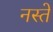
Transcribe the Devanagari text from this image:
नस्ते